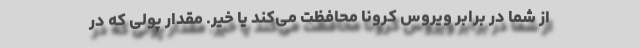
از شما در برابر ویروس کرونا محافظت می‌کند یا خیر. مقدار پولی که در